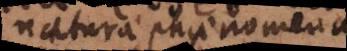
naturae phaenomena